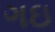
ગઇ